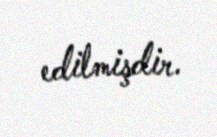
edilmişdir.